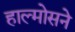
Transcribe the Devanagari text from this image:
हाल्मोसने